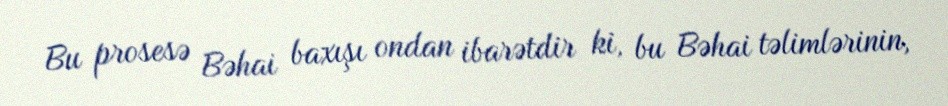
Bu prosesə Bəhai baxışı ondan ibarətdir ki, bu Bəhai təlimlərinin,